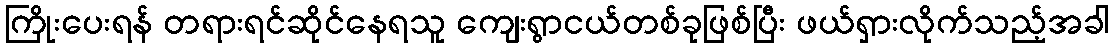
ကြိုးပေးရန် တရားရင်ဆိုင်နေရသူ ကျေးရွာငယ်တစ်ခုဖြစ်ပြီး ဖယ်ရှားလိုက်သည့်အခါ